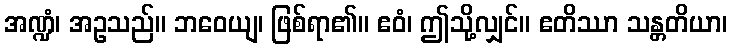
အဏ္ဍံ၊ အဥသည်။ ဘဝေယျ၊ ဖြစ်ရာ၏။ ဧဝံ၊ ဤသို့လျှင်။ ဧတိဿာ သန္တတိယာ၊